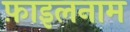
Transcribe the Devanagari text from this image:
फ़ाइलनाम